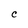
Character: C